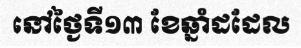
នៅថ្ងៃទី១៣ ខែឆ្នាំដដែល